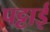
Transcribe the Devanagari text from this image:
पट्टाई